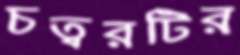
চত্বরটির